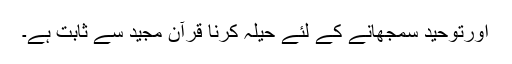
اورتوحید سمجھانے کے لئٰے حیلہ کرنا قرآن مجید سے ثابت ہے۔